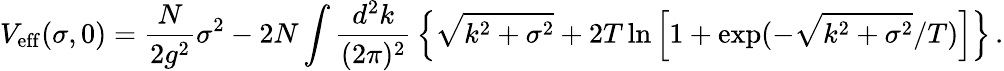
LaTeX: V_{\mathrm{eff}}(\sigma,0)={\frac{N}{2g^{2}}}\sigma^{2}-2N\int{\frac{d^{2}k}{(2\pi)^{2}}}\left\{ \sqrt{k^{2}+\sigma^{2}}+{2T}\ln\left[1+\exp(-\sqrt{k^{2}+\sigma^{2}}/T)\right]\right\} \, .